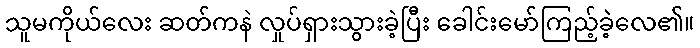
သူမကိုယ်လေး ဆတ်ကနဲ လှုပ်ရှားသွားခဲ့ပြီး ခေါင်းမော်ကြည့်ခဲ့လေ၏။